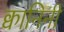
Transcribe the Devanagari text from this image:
क्वानिनी